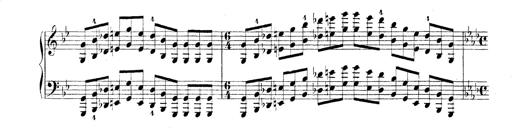
Title: Technische Studien
Composer: Franz Liszt